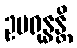
ဥပရုန္ဓန္တိ